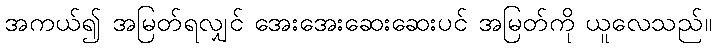
အကယ်၍ အမြတ်ရလျှင် အေးအေးဆေးဆေးပင် အမြတ်ကို ယူလေသည်။